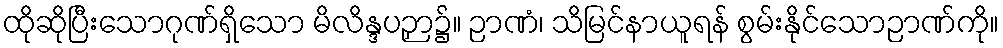
ထိုဆိုပြီးသောဂုဏ်ရှိသော မိလိန္ဒပဉှာ၌။ ဉာဏံ၊ သိမြင်နာယူရန် စွမ်းနိုင်သောဉာဏ်ကို။